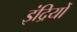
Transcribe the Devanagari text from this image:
इंद्रियोँ